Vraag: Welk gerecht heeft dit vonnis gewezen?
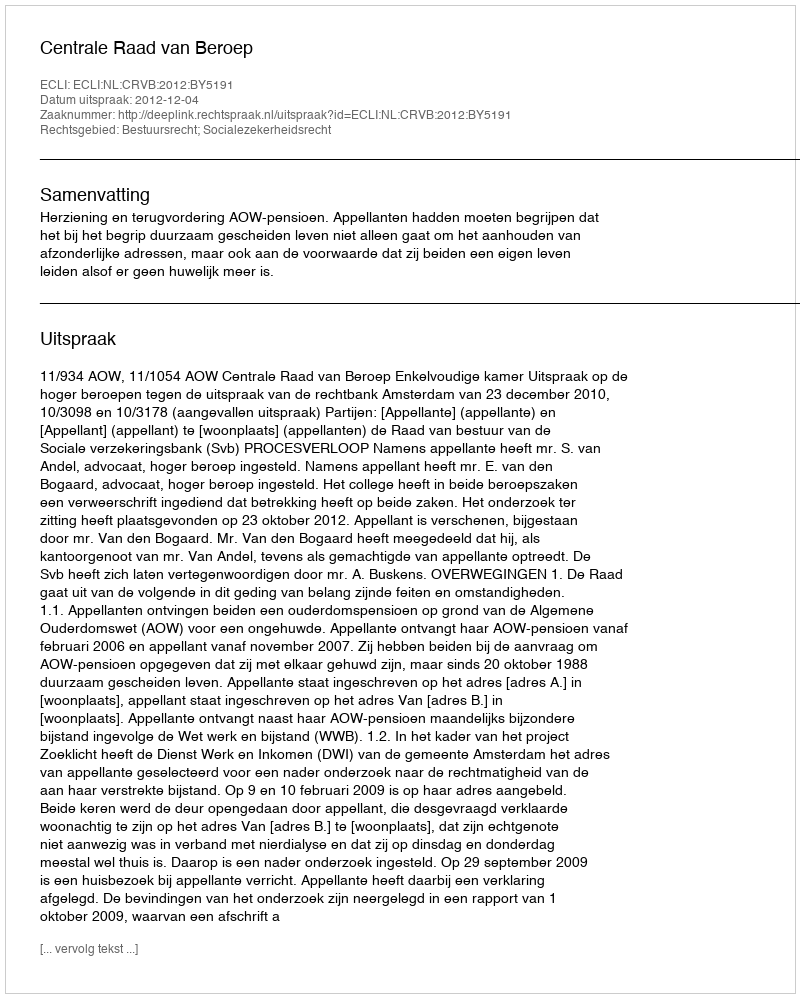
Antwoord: Centrale Raad van Beroep